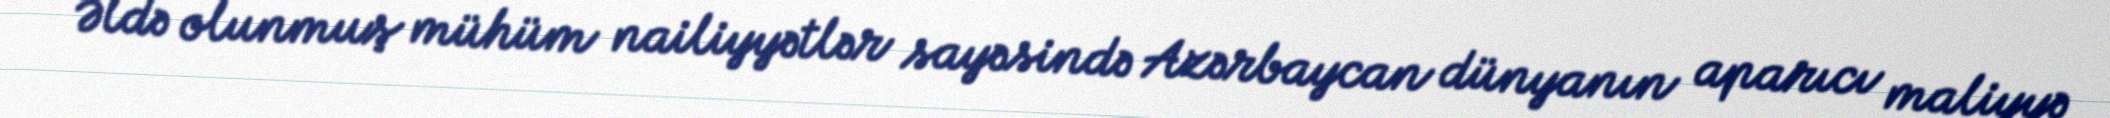
Əldə olunmuş mühüm nailiyyətlər sayəsində Azərbaycan dünyanın aparıcı maliyyə